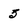
Character: 5